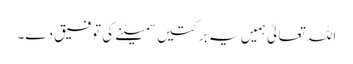
اللہ تعالیٰ ہمیں یہ برکتیں سمیٹنے کی توفیق دے۔